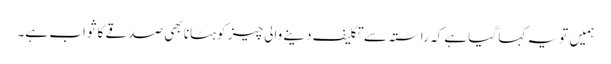
ہمیں تو یہ کہا گیا ہے کہ راستہ سے تکلیف دینے والی چیز کو ہٹانا بھی صدقے کا ثواب ہے۔